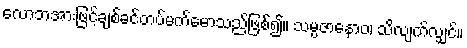
လောဘအားဖြင့်ချစ်ခင်တပ်မက်မောသည်ဖြစ်၍။ သမ္ပဇာနောဝ၊ သိလျက်လျှင်။